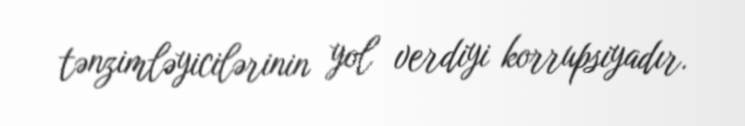
tənzimləyicilərinin yol verdiyi korrupsiyadır.